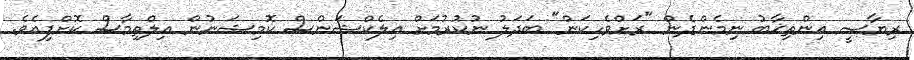
ރިޔާސީ އިންތިޚާބު ނިމެންދެން "ރަށްވެހިކަން" ބަދަލު ނުކުރުމަށް އިލެކްޝަންސް ކޮމިޝަނުން އިލްތިމާސް ކޮށްފިއެވެ.